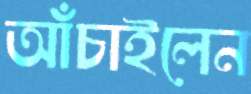
আঁচাইলেন